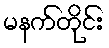
မနက်တိုင်း